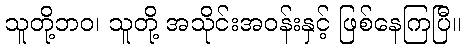
သူတို့ဘဝ၊ သူတို့ အသိုင်းအဝန်းနှင့် ဖြစ်နေကြပြီ။